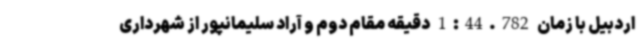
اردبیل با زمان 1:44.782 دقیقه مقام دوم و آراد سلیمانپور از شهرداری